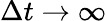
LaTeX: \Delta t\to\infty